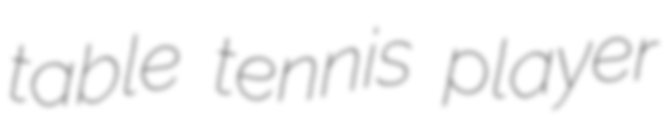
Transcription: table tennis player